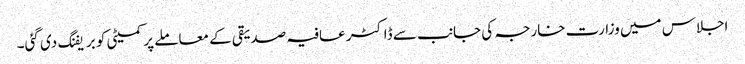
اجلاس میں وزارت خارجہ کی جانب سے ڈاکٹر عافیہ صدیقی کے معاملے پر کمیٹی کو بریفنگ دی گئی۔